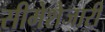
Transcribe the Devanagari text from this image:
सीमेशेजारी